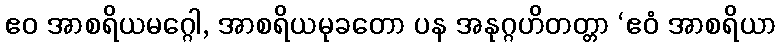
ဧဝ အာစရိယမဂ္ဂေါ, အာစရိယမုခတော ပန အနုဂ္ဂဟိတတ္တာ ‘ဧဝံ အာစရိယာ